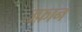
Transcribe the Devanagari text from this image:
उफ़ान